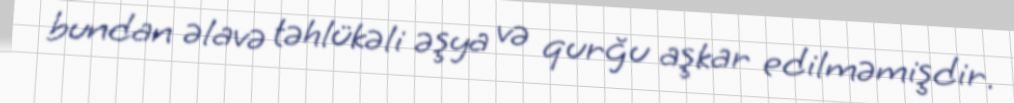
bundan əlavə təhlükəli əşya və qurğu aşkar edilməmişdir.